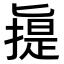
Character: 𠤧